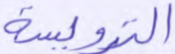
الترويسة